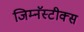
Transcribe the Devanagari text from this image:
जिम्नॅस्टीक्स